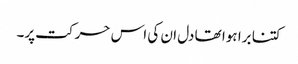
کتنا برا ہوا تھا دل ان کی اس حرکت پر۔